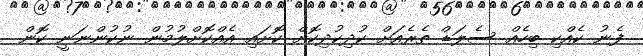
ފެނު ކެއްކި ބިހެއް ސެލަޑް ތެރެއަށް ކުދިކުދިކޮށް ކޮށައި އެއްކޮށްލުމުން ނުކުންނަނީ ކޮން